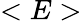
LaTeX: <E>